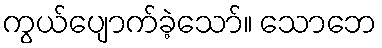
ကွယ်ပျောက်ခဲ့သော်။ သောဘေ